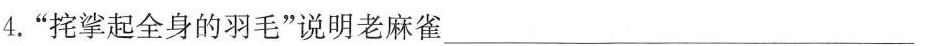
4.”挖挲起全身的羽毛”说明老麻雀___